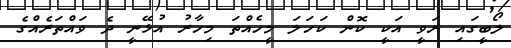
ލޯބީގައި ރަވީ އަކީ ކޮން ކަހަލަ މީހެއްތަ މިހާރު އުޅޭނީ ދެ ވައްތަރެއްގެ